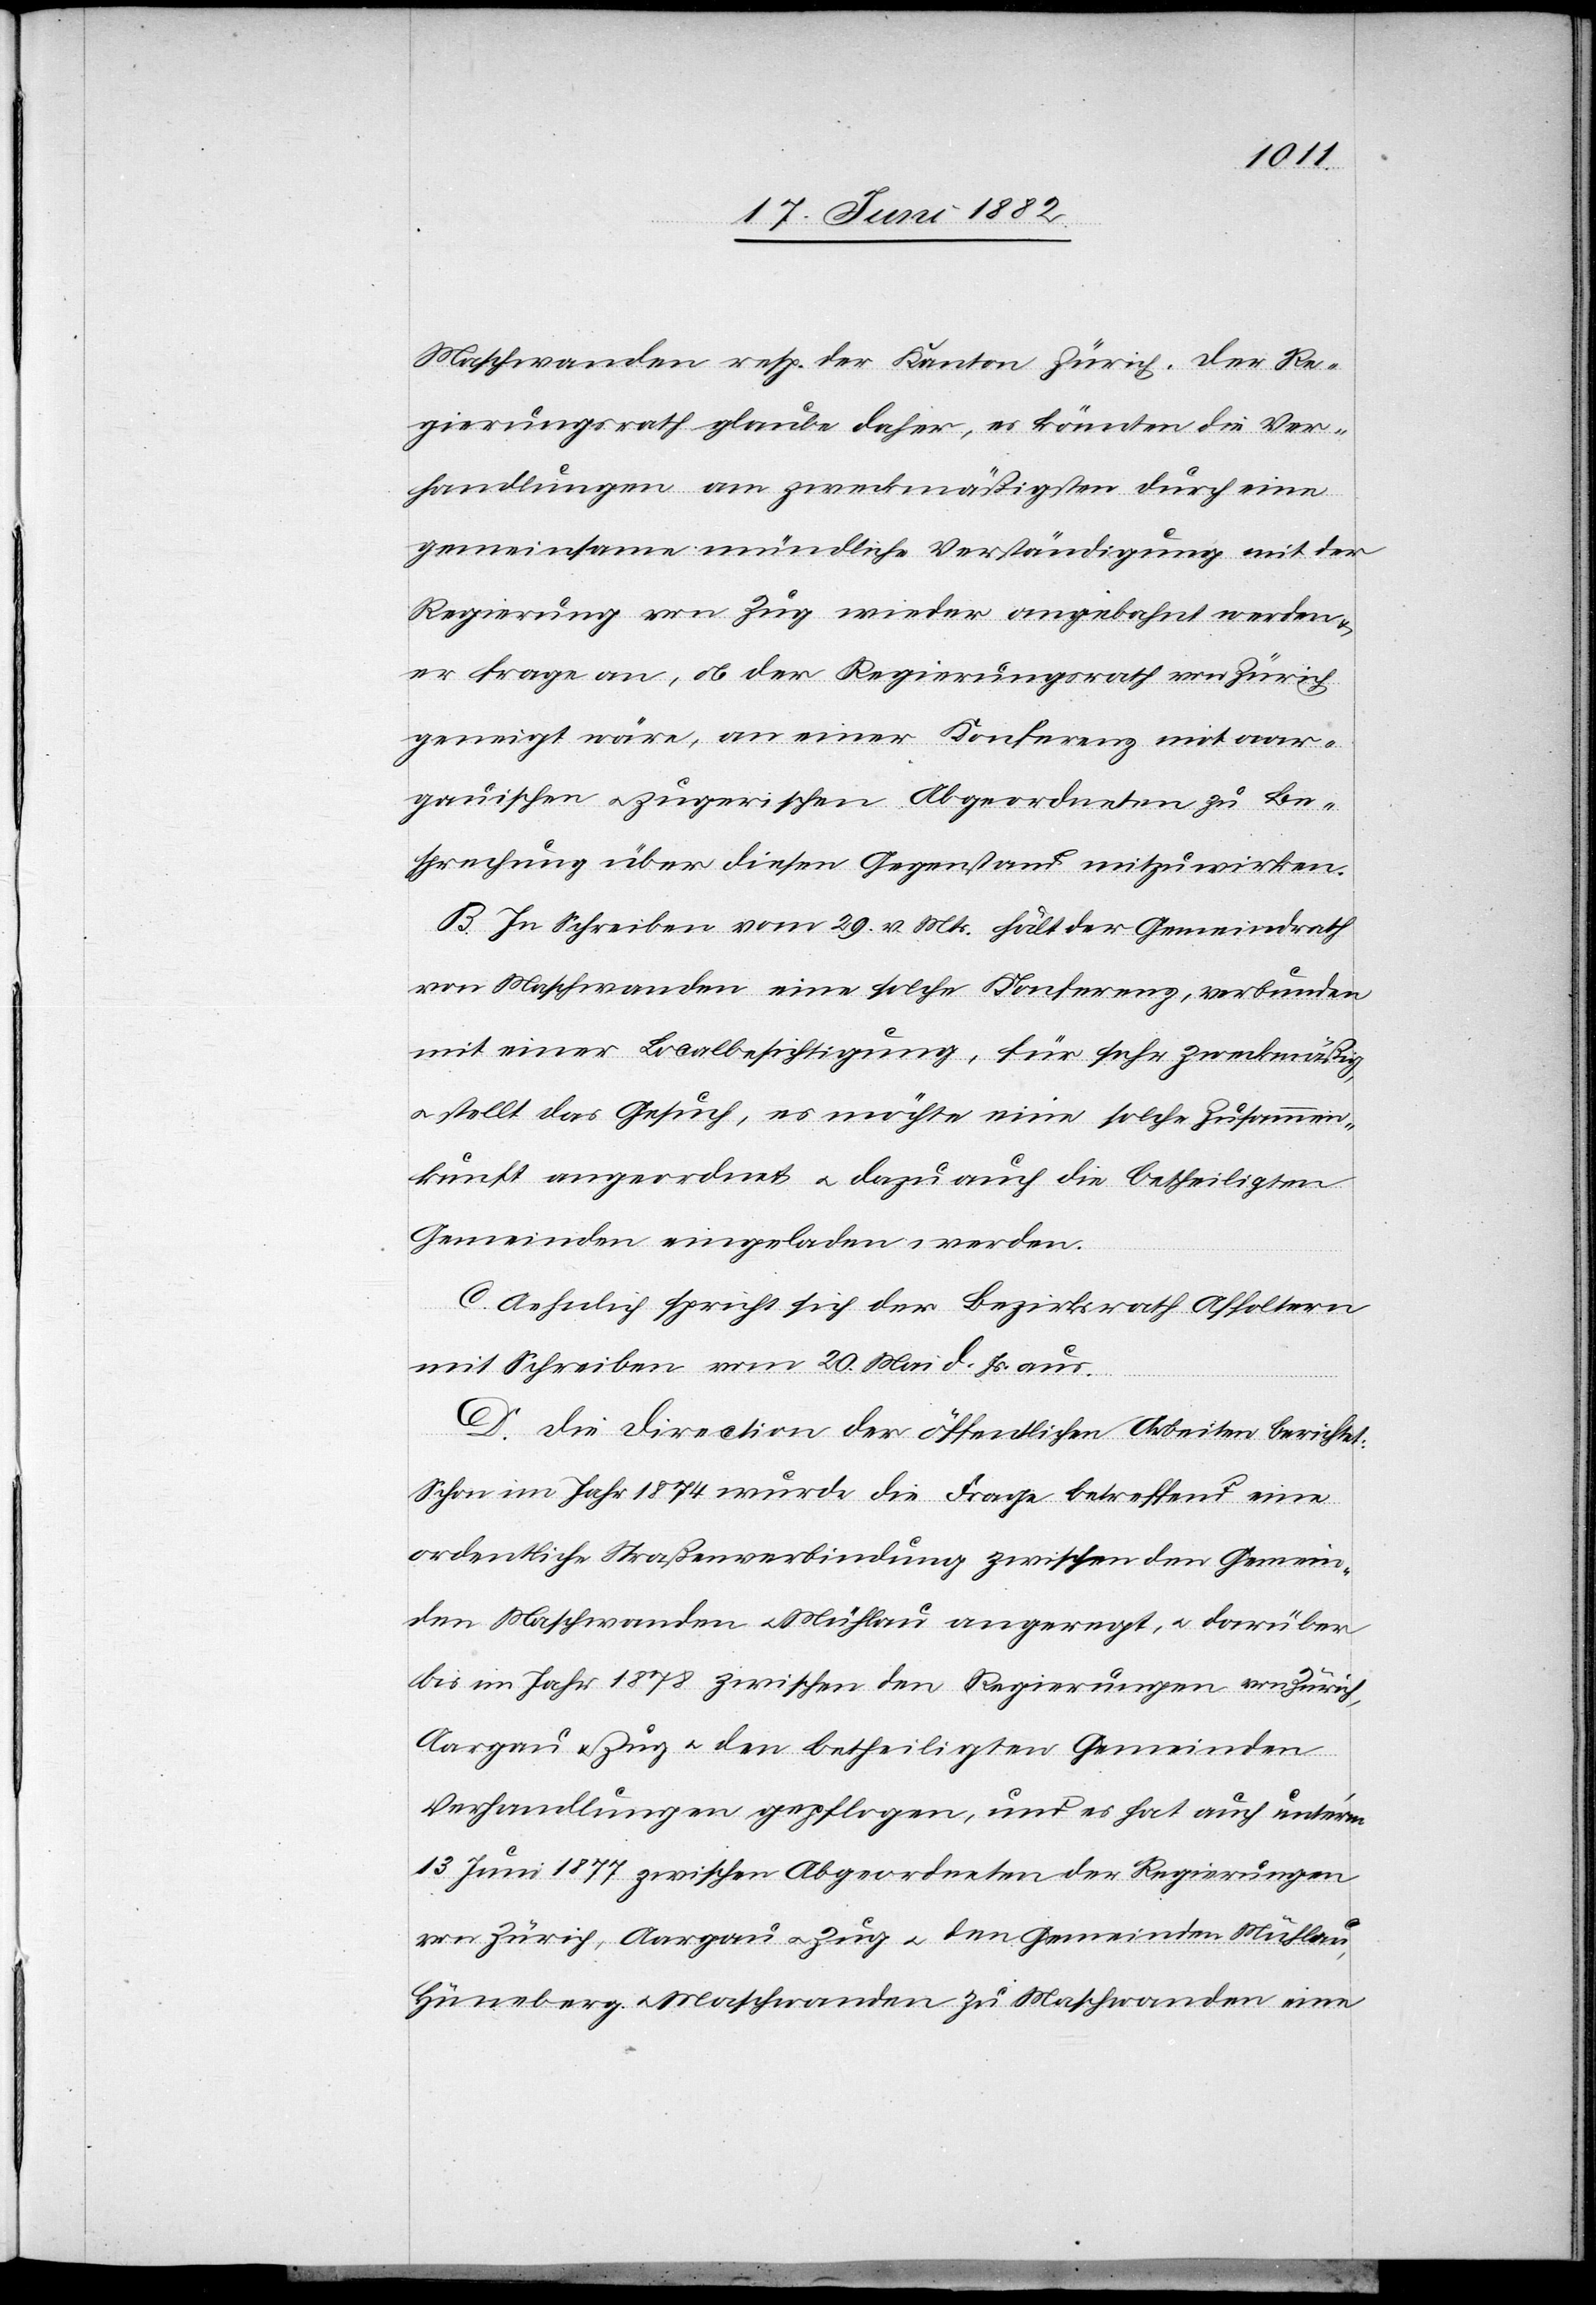
Maschwanden resp. der Kanton Zürich. Der Re¬
gierungsrath glaube daher, es könnten die Ver¬
handlungen am zweckmäßigsten durch eine
gemeinsame mündliche Verständigung mit der
Regierung von Zug wieder angebahnt werden
er frage an, ob der Regierungsrath von Zürich
geneigt wäre, an einer Konferenz mit aar¬
gauischen u. zugerischen Abgeordneten mitzuwirke¬
B. In Schreiben vom 29. v. Mts. hält der Gemeindrath
von Maschwanden eine solche Konferenz, verbunden
mit einer Localbesichtigung, für sehr zweckmäßig,
u. stellt das Gesuch, es möchte eine solche Zusammen¬
kunft angeordnet u. dazu auch die betheiligten
Gemeinden eingeladen werden.
C. Aehnlich spricht sich der Bezirksrath Affoltern
mit Schreiben vom 20. Mai d. Js. aus.
n.
D. Die Direction der öffentlichen Arbeiten berichtet:
Schon im Jahr 1874 wurde die Frage betreffend eine
ordentliche Straßenverbindung zwischen den Gemein¬
den Maschwanden u. Mühlau angeregt, u. darüber
bis im Jahr 1878 zwischen den Regierungen von Zürich,
Aargau u. Zug u. den betheiligten Gemeinden
Verhandlungen gepflogen, und es hat auch unterm
13. Juni 1877 zwischen Abgeordneten der Regierungen
von Zürich, Aargau u. Zug u. den Gemeinden Mühlau,
Hüneberg u. Maschwanden zu Maschwanden eine